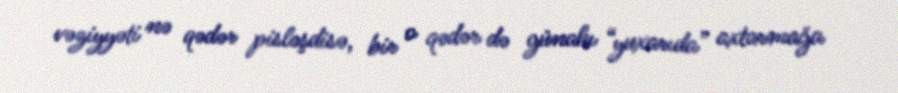
vəziyyəti nə qədər pisləşdisə, bir o qədər də günahı “yuxarıda” axtarmağa